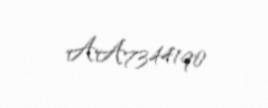
AA7344190